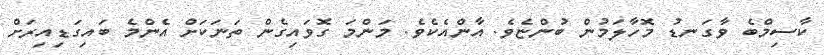
ކާސިމްބެ ވާގަނޑު މޮހާލަމުން ބުންޏެވެ. އާންއެކެވެ. މަންމަ ގޮވައިގެން ތަނަކަށް އެންމެ ބައިގަޑިއިރަށް